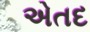
એતદ